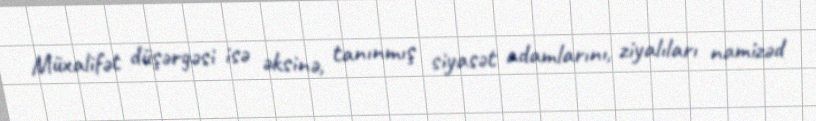
Müxalifət düşərgəsi isə əksinə, tanınmış siyasət adamlarını, ziyalıları namizəd